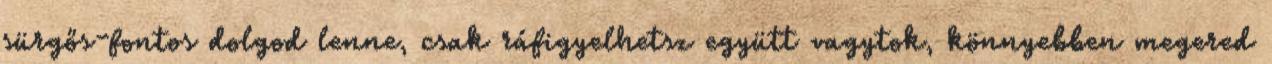
sürgős-fontos dolgod lenne, csak ráfigyelhetsz együtt vagytok, könnyebben megered